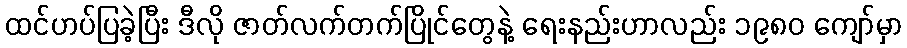
ထင်ဟပ်ပြခဲ့ပြီး ဒီလို ဇာတ်လက်တက်ပြိုင်တွေနဲ့ ရေးနည်းဟာလည်း ၁၉၈၀ ကျော်မှာ